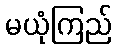
မယုံကြည်